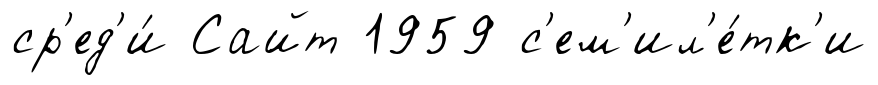
ср'ед'и́ Сайт 1959 с'ем'ил'е́тк'и